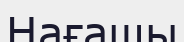
Нағашы